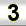
Digit: 3